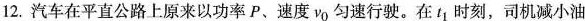
12.汽车在平直公路上原来以功率P、速度v_{0}匀速行驶。在t_{1}时刻，司机减小油